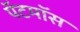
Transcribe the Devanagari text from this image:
पॅटमॉस